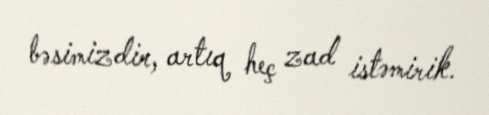
bəsimizdir, artıq heç zad istəmirik.